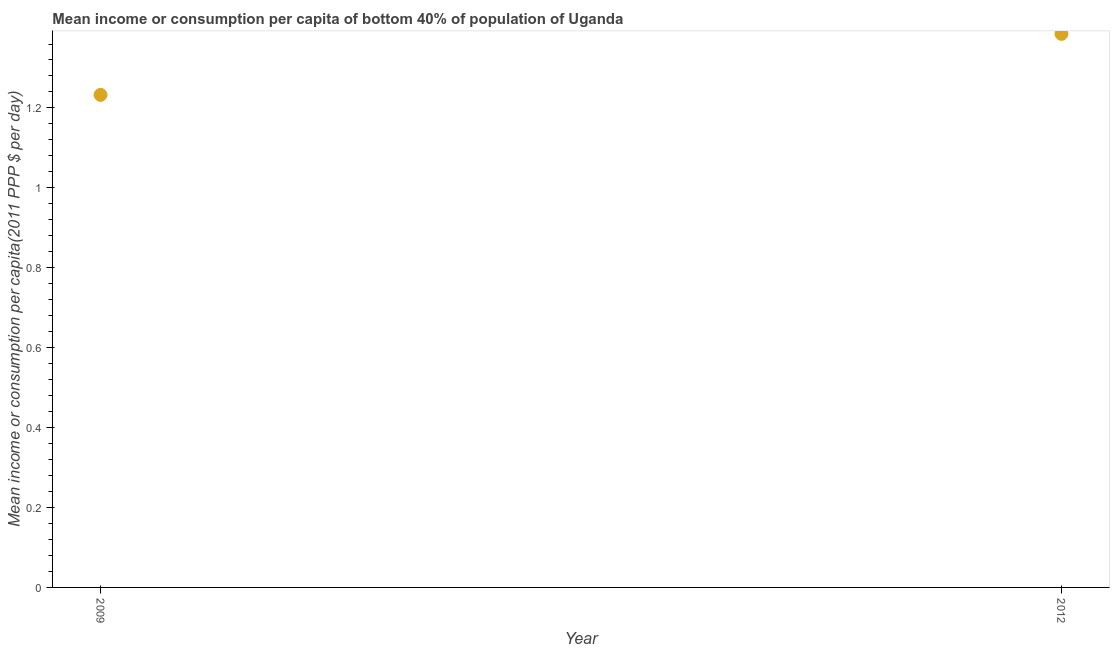
| Year | Bottom 40percent |
 | --- | --- |
 | 2009 | 1.23 |
 | 2012 | 1.39 |